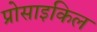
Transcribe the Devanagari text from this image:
प्रोसाइकिल